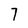
Character: 7